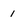
Character: 1